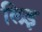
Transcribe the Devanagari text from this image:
लिइ